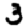
Digit: 3